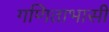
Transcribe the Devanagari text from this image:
गणिताभासी